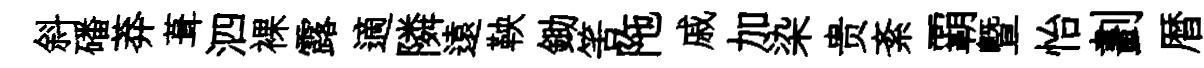
斜磻莽葺泗裸露適隣遠鞅鋤筈陁戚加染贵紊覇曁怡劃暦